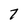
Character: 7